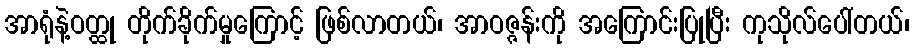
အာရုံနဲ့ဝတ္ထု တိုက်ခိုက်မှုကြောင့် ဖြစ်လာတယ်၊ အာဝဇ္ဇန်းကို အကြောင်းပြုပြီး ကုသိုလ်ပေါ်တယ်၊